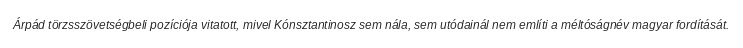
Árpád törzsszövetségbeli pozíciója vitatott, mivel Kónsztantinosz sem nála, sem utódainál nem említi a méltóságnév magyar fordítását.